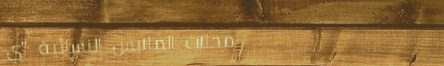
محلات الملابس النسائية “ي